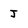
Character: J